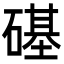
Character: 𥕛